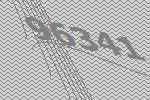
96341